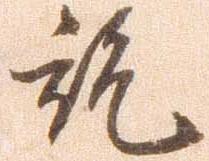
就